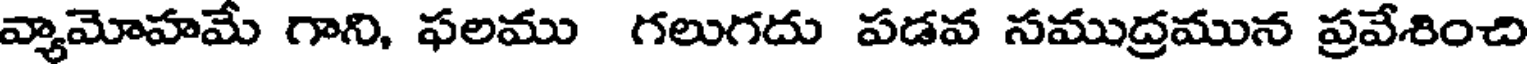
వ్యామోహమే గాని, ఫలము గలుగదు పడవ సముద్రమున ప్రవేశించి